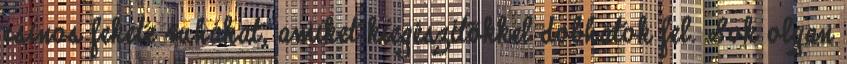
csinos fekete ruhákat, amiket kiegészítőkkel dobhatok fel. Sok olyan